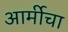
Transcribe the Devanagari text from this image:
आर्मीचा